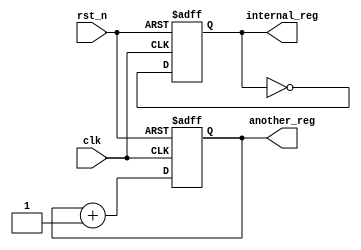
module parameter_focused_init #(
    parameter WIDTH = 8,                   // Default width parameter
    parameter DEPTH = 16,                  // Default depth parameter
    parameter MODE = 1                      // Operational mode (0: mode A, 1: mode B)
) (
    input wire clk,                         // Clock input
    input wire rst_n,                       // Active low reset
    output reg [WIDTH-1:0] internal_reg,   // Internal register
    output reg [WIDTH-1:0] another_reg      // Another internal register
);

    // Internal signal declaration
    reg [WIDTH-1:0] temp_signal;
    
    // Initialization block
    initial begin
        // Default initialization
        internal_reg = {WIDTH{1'b0}};      // Default to 0
        another_reg = {WIDTH{1'b1}};       // Default to all 1s

        // Conditional initialization based on MODE parameter
        case (MODE)
            0: begin
                internal_reg = {WIDTH{1'b0}};  // Mode A: Initialize to 0
                another_reg = {WIDTH{1'b1}};   // Mode A: Initialize to all 1s
            end
            1: begin
                internal_reg = {WIDTH{1'b1}};   // Mode B: Initialize to all 1s
                another_reg = {WIDTH{1'b0}};    // Mode B: Initialize to 0
            end
            default: begin
                internal_reg = {WIDTH{1'b0}};  // Default case
                another_reg = {WIDTH{1'b1}};   // Default case
            end
        endcase
        
        // Parameter validation (optional)
        if (WIDTH < 1 || WIDTH > 32) begin
            $display("Error: WIDTH parameter out of range (1-32)");
            $finish;
        end
        
        if (DEPTH < 1 || DEPTH > 256) begin
            $display("Error: DEPTH parameter out of range (1-256)");
            $finish;
        end
    end

    // Always block for simulation behavior
    always @(posedge clk or negedge rst_n) begin
        if (!rst_n) begin
            // Reset behavior
            internal_reg <= {WIDTH{1'b0}};
            another_reg <= {WIDTH{1'b1}};
        end else begin
            // Example behavior: Toggle internal_reg on clock
            internal_reg <= ~internal_reg;
            // Example behavior: Increment another_reg
            another_reg <= another_reg + 1;
        end
    end

endmodule